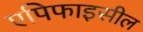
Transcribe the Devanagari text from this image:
एपिफाइसील